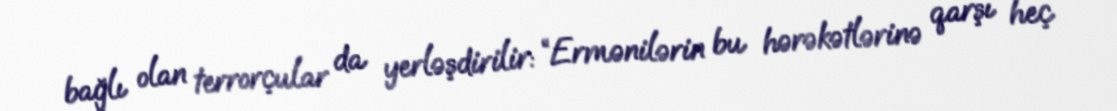
bağlı olan terrorçular da yerləşdirilir: “Ermənilərin bu hərəkətlərinə qarşı heç